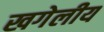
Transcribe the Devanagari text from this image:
खगेलीय